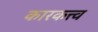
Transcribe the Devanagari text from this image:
कारकत्त्व